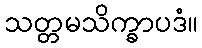
သတ္တမသိက္ခာပဒံ။